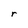
Character: r